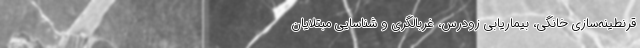
قرنطینه‌سازی خانگی، بیماریابی زودرس، غربالگری و شناسایی مبتلایان